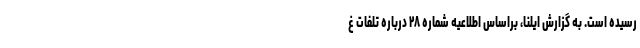
رسیده است. به گزارش ایلنا، براساس اطلاعیه شماره ۲۸ درباره تلفات غ